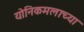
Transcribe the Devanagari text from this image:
योनिकमलाच्या